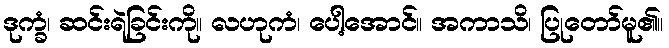
ဒုက္ခံ၊ ဆင်းရဲခြင်းကို။ လဟုကံ၊ ပေါ့အောင်။ အကာသိ၊ ပြုတော်မူ၏။